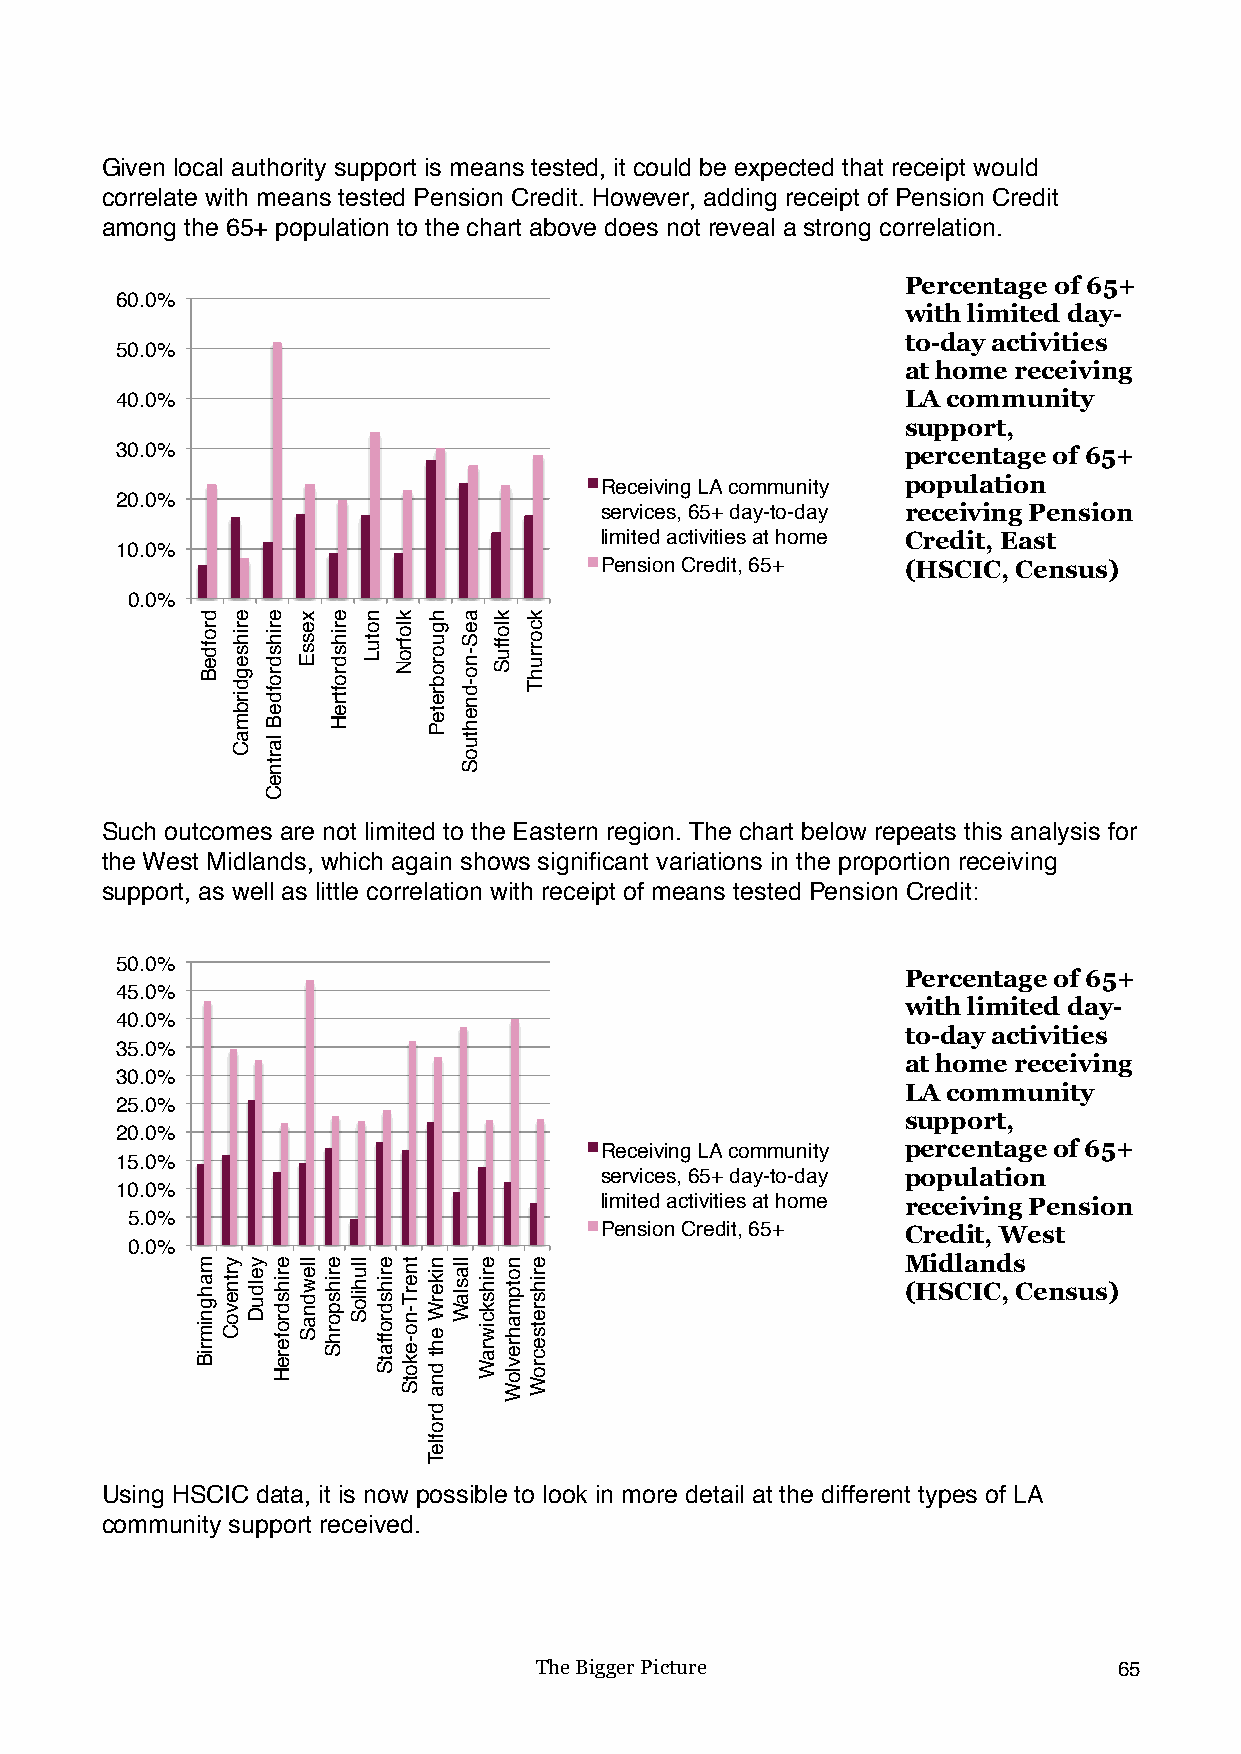
Given local authority support is means tested, it could be expected that receipt would
 correlate with means tested Pension Credit. However, adding receipt of Pension Credit
 among the 65+ population to the chart above does not reveal a strong correlation.
 Percentage of 65+
 60.0%
 with limited day-
 to-day activities
 50.0%
 at home receiving
 40.0%                                               LA community
 support,
 30.0%                                               percentage of 65+
 Receiving LA community population
 20.0%
 services, 65+ day-to-day receiving Pension
 limited activities at home Credit, East
 10.0%
 Pension Credit, 65+ (HSCIC, Census)
 0.0%
 Such outcomes are not limited to the Eastern region. The chart below repeats this analysis for
 the West Midlands, which again shows significant variations in the proportion receiving
 support, as well as little correlation with receipt of means tested Pension Credit:
 50.0%
 Percentage of 65+
 45.0%
 with limited day-
 40.0%
 to-day activities
 35.0%
 at home receiving
 30.0%
 LA community
 25.0%
 support,
 20.0%
 Receiving LA community percentage of 65+
 15.0%
 services, 65+ day-to-day population
 10.0%
 limited activities at home receiving Pension
 5.0%
 Pension Credit, 65+ Credit, West
 0.0%
 Midlands
 (HSCIC, Census)
 Using HSCIC data, it is now possible to look in more detail at the different types of LA
 community support received.
 The Bigger Picture                     65
 drofdeB
 mahgnimriB yrtnevoC
 erihsegdirbmaC
 yelduD
 erihsdrofdeB
 lartneC
 erihsdrofereH
 xessE
 llewdnaS
 erihsdroftreH
 erihsporhS lluhiloS
 notuL
 erihsdroffatS
 klofroN
 tnerT-no-ekotS
 hguorobreteP
 nikerW
 eht
 dna
 drofleT
 llaslaW
 aeS-no-dnehtuoS
 erihskciwraW
 kloffuS
 notpmahrevloW
 kcorruhT
 erihsretsecroW